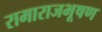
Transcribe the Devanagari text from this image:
रामाराजभूषण